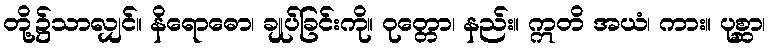
တို့၌သာလျှင်။ နိရောဓော၊ ချုပ်ခြင်းကို။ ဝုတ္တော၊ နည်း။ ဣတိ အယံ၊ ကား။ ပုစ္ဆာ၊